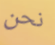
نحن